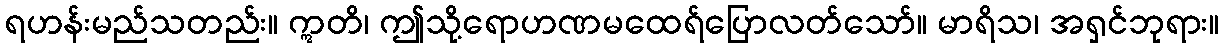
ရဟန်းမည်သတည်း။ ဣတိ၊ ဤသို့ရောဟဏမထေရ်ပြောလတ်သော်။ မာရိသ၊ အရှင်ဘုရား။